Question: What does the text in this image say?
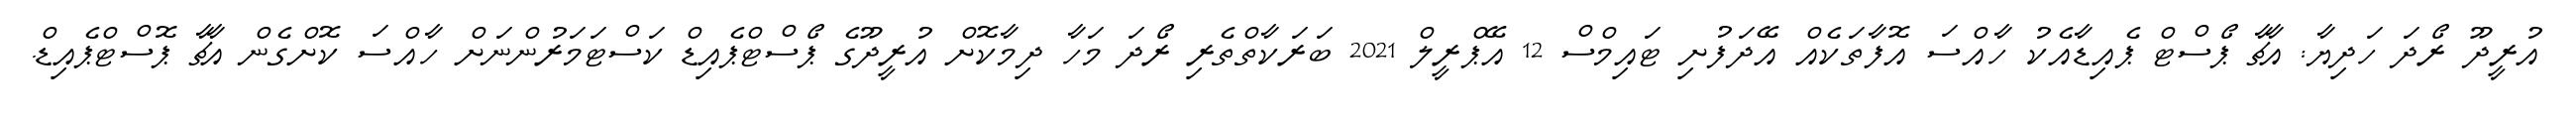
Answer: އުރީދޫ ރޯދަ ހަދިޔާ: އާޗާ ޕޯސްޓް ޕެއިޑާއެކު ހާއްސަ އޮފާތަކެއް އޭދަފުށި ޓައިމްސް 12 އޭޕްރީލް 2021 ބަރަކާތްތެރި ރޯދަ މަހާ ދިމާކޮށް އުރީދޫގެ ޕޯސްޓްޕެއިޑް ކަސްޓަމަރުންނަށް ހާއްސަ ކޮށްގެން އާޗާ ޕޮސްޓްޕެއިޑް.